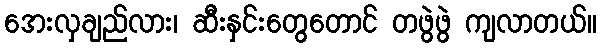
အေးလှချည်လား၊ ဆီးနှင်းတွေတောင် တဖွဲဖွဲ ကျလာတယ်။